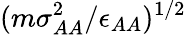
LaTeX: (m\sigma_{AA}^{2}/\epsilon_{AA})^{1/2}